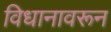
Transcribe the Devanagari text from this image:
विधानावरून